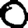
Digit: 0